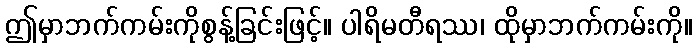
ဤမှာဘက်ကမ်းကိုစွန့်ခြင်းဖြင့်။ ပါရိမတီရဿ၊ ထိုမှာဘက်ကမ်းကို။